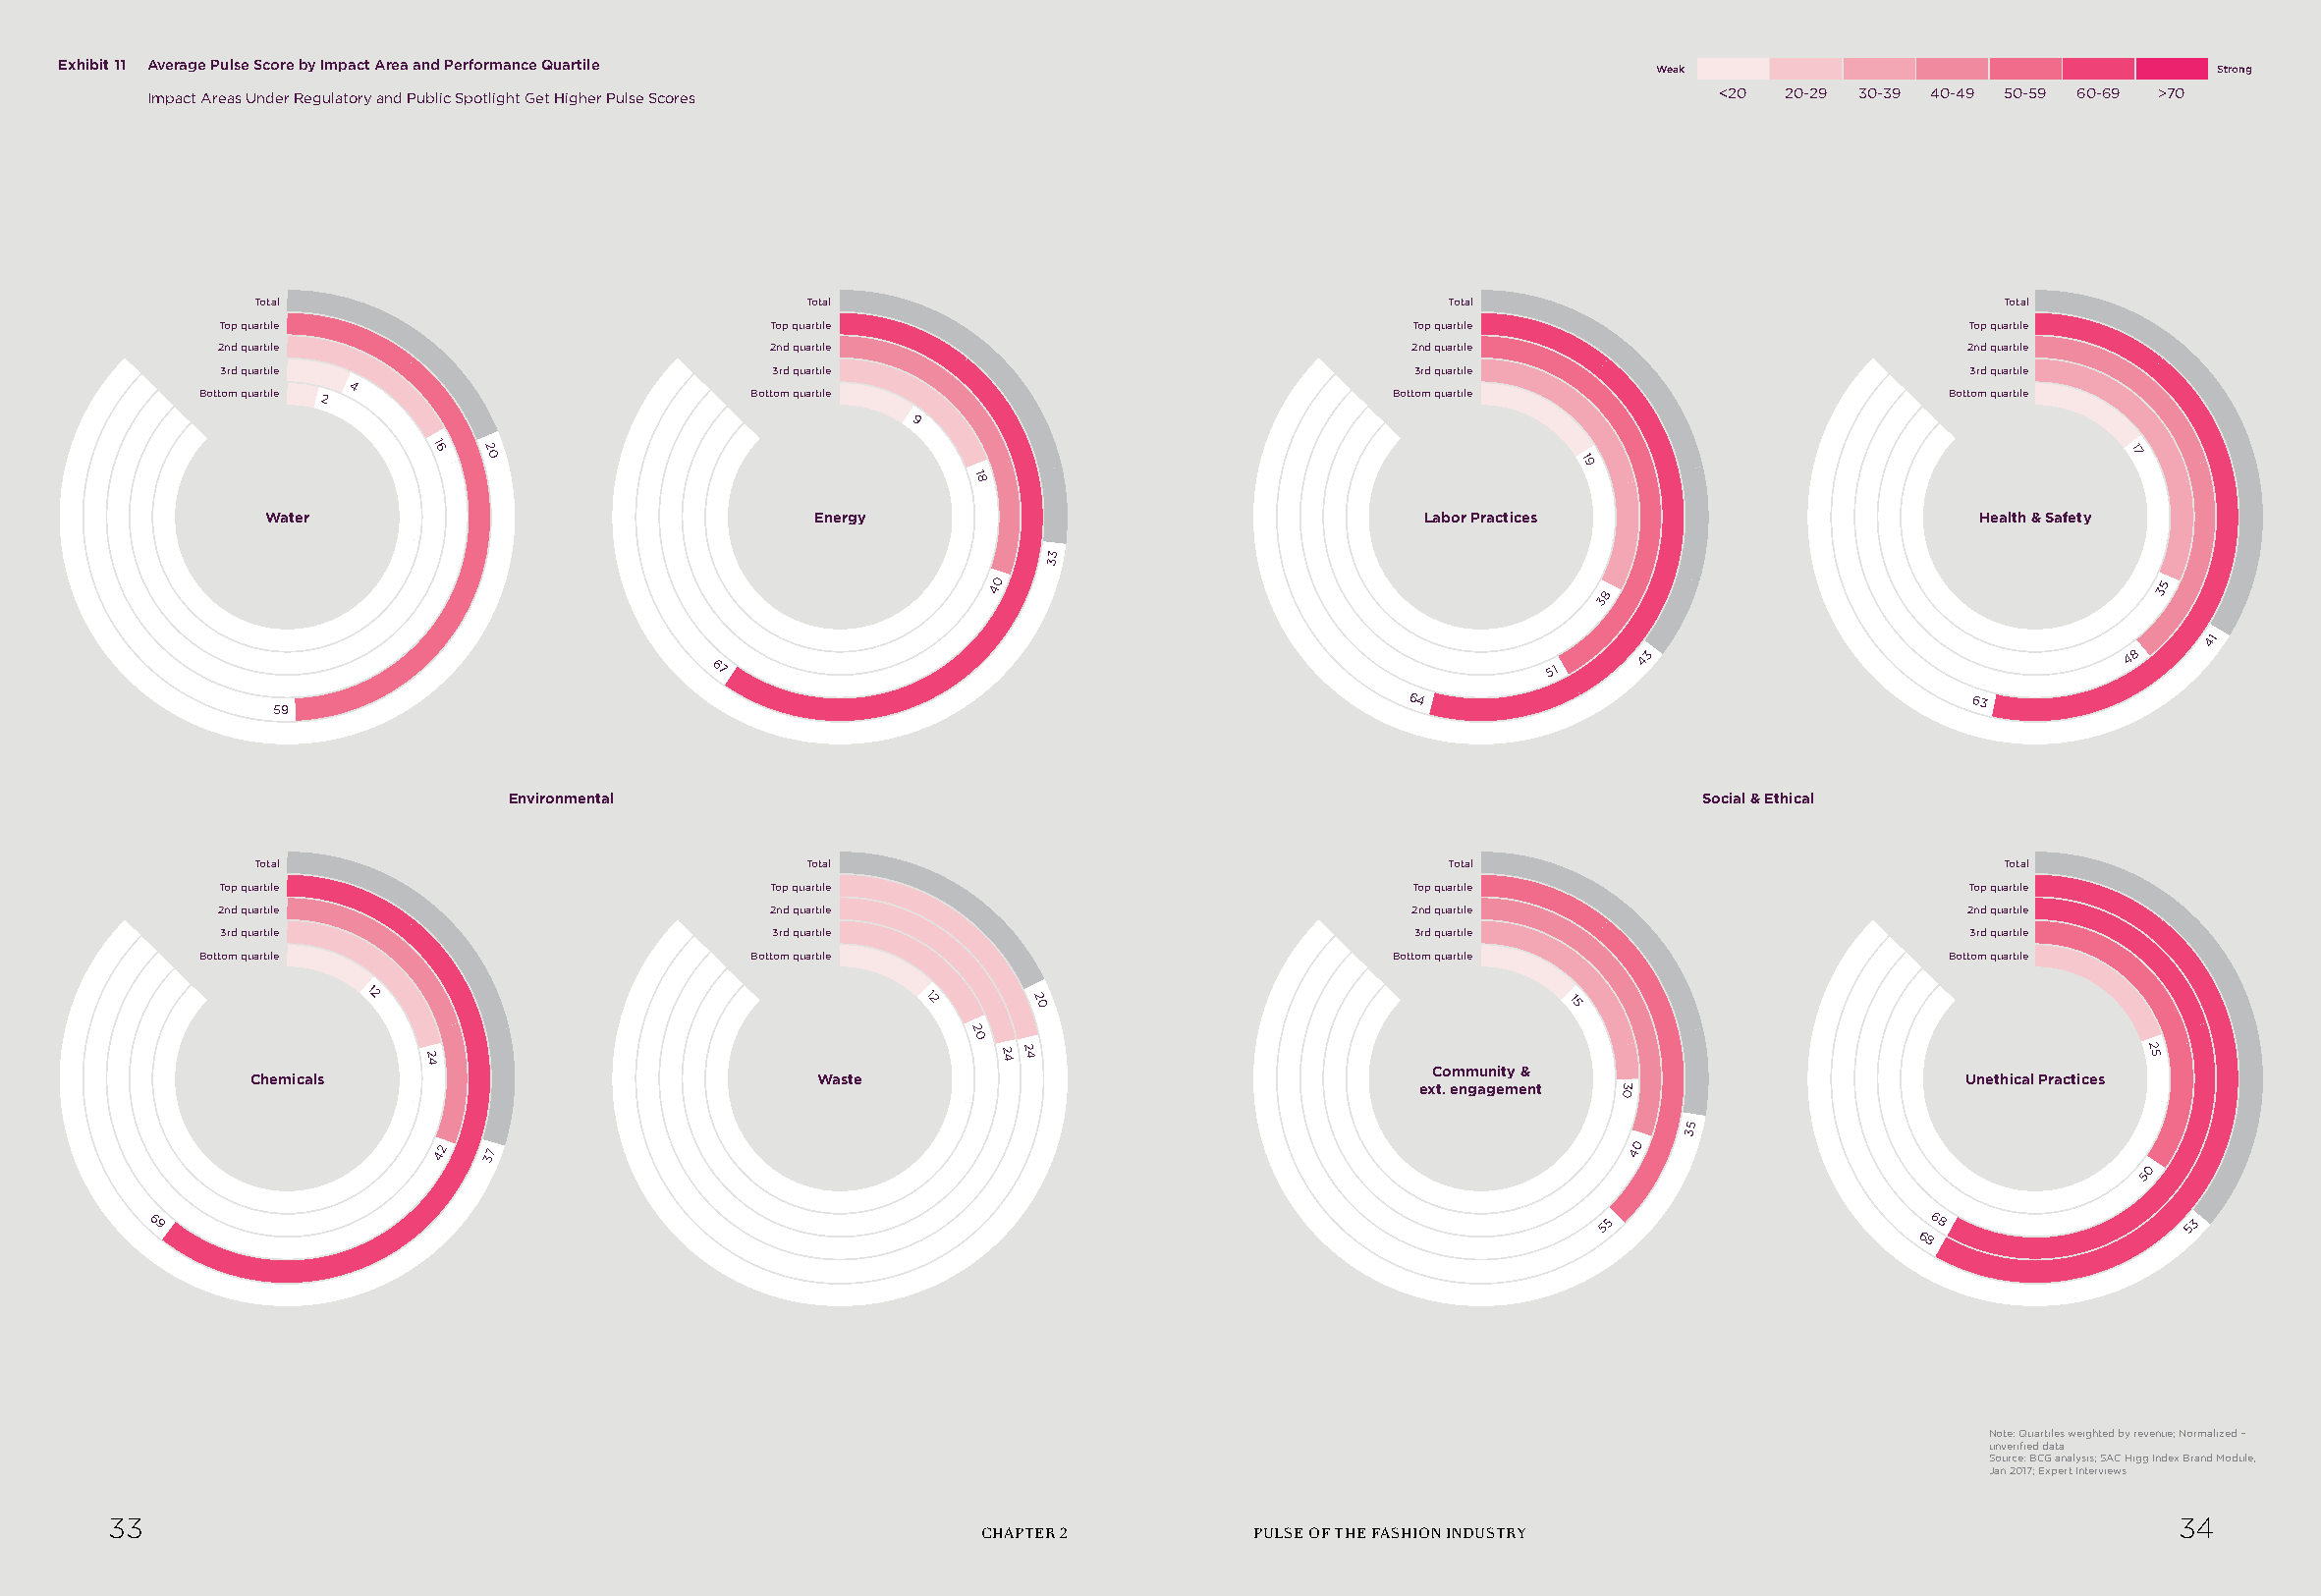
Exhibit 11 Average Pulse Score by Impact Area and Performance Quartile                                      Weak                                 Strong
 Impact Areas Under Regulatory and Public Spotlight Get Higher Pulse Scores                                <20 20-29 30-39 40-49 50-59 60-69 >70
 Total                                Total                                       Total                                Total
 Top quartile                         Top quartile                               Top quartile                          Top quartile
 2nd quartile                         2nd quartile                               2nd quartile                          2nd quartile
 3rd quartile                         3rd quartile                               3rd quartile                          3rd quartile
 Bottom quartile 2 4                   Bottom quartile                            Bottom quartile                      Bottom quartile
 9
 16  2
 0                                                                        19
 1
 7
 18
 Water                                Energy                                   Labor Practices                      Health & Safety
 3
 3
 40
 8
 35
 3
 41
 43                              48
 67                                                      51
 59
 64                                    63
 Environmental                                                                    Social & Ethical
 Total                                Total                                       Total                                Total
 Top quartile                         Top quartile                               Top quartile                          Top quartile
 2nd quartile                         2nd quartile                               2nd quartile                          2nd quartile
 3rd quartile                         3rd quartile                               3rd quartile                          3rd quartile
 Bottom quartile                       Bottom quartile                            Bottom quartile                      Bottom quartile
 12                                   12     2 0                                  15
 2
 0
 2 4                                   2 4 2 4                                                                       2 5
 Community &
 Chemicals                             Waste                                                                        Unethical Practices
 ext. engagement 03
 5
 3
 42  37                                                                           40
 0
 5
 69                                                                                                55                    68               53
 68
 Note: Quartiles weighted by revenue; Normalized –
 unverified data
 Source: BCG analysis; SAC Higg Index Brand Module,
 Jan 2017; Expert Interviews
 33                                                                                                                                          34
 CHAPTER 2         PULSE OF THE FASHION INDUSTRY